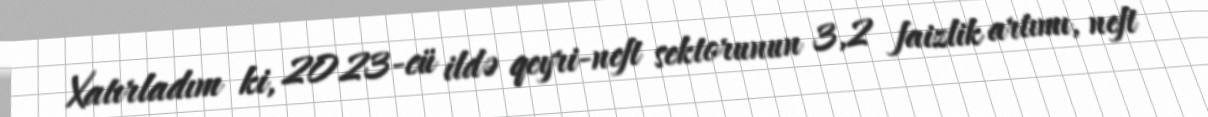
Xatırladım ki, 2023-cü ildə qeyri-neft sektorunun 3,2 faizlik artımı, neft